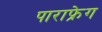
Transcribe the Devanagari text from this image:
पाराफ्रेग